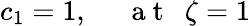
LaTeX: c_{1}=1,~~~~~\mathrm{~a~t~}~~\zeta=1